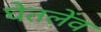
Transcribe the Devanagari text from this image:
घेतलेंव